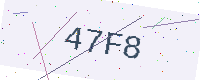
Text: 47F8